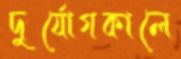
দুর্যোগকালে